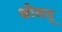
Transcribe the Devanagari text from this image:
श्रीवद्‌